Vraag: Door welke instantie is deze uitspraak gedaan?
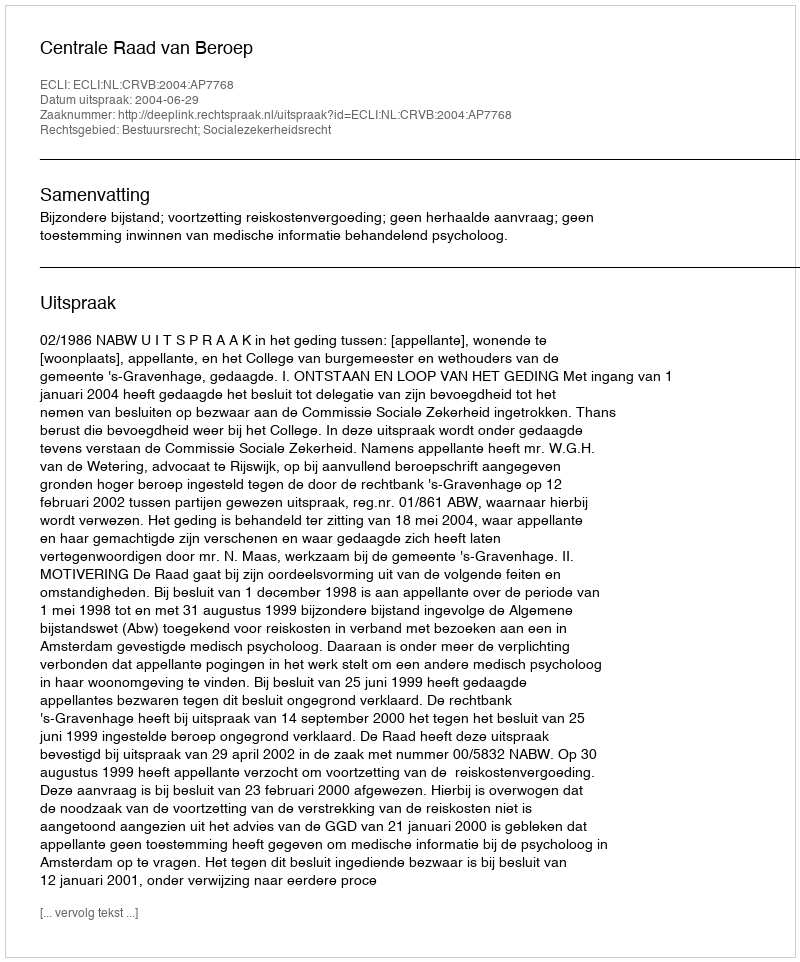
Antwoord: Centrale Raad van Beroep